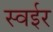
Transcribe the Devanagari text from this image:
स्वईर